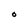
Character: O